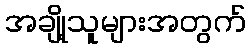
အချို့သူများအတွက်